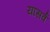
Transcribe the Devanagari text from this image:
यासर्व